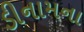
ડીનામના